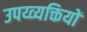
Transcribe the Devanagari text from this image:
उपय्व्यक्तियों